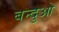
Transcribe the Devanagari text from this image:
बन्दुओ